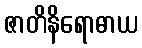
ဇာတိနိရောဓာယ